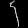
Digit: ၄